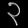
Digit: ၃